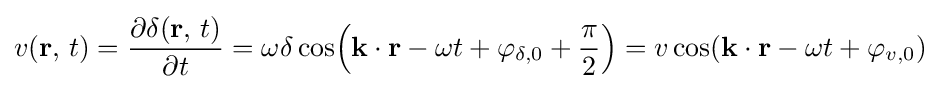
v(\mathbf {r} ,\,t)={\frac {\partial \delta (\mathbf {r} ,\,t)}{\partial t}}=\omega \delta \cos \!\left(\mathbf {k} \cdot \mathbf {r} -\omega t+\varphi _{\delta ,0}+{\frac {\pi }{2}}\right)=v\cos(\mathbf {k} \cdot \mathbf {r} -\omega t+\varphi _{v,0})